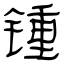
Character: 锺